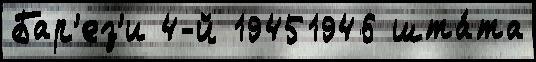
Бар'ез'и 4-й 19451946 шта́та